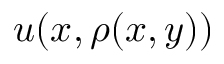
u ( x , \rho ( x , y ) )